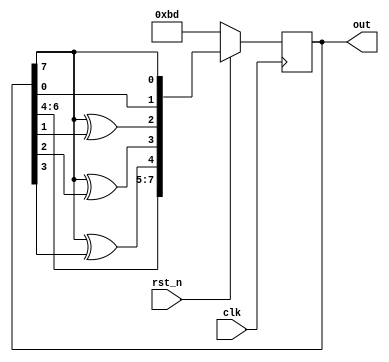
`timescale 1ns/1ps

module One_TO_Many_LFSR(clk, rst_n, out);
    input clk;
    input rst_n;
    output reg [8-1:0] out;
    wire [8-1:0] next_DFF;

    always @(posedge clk) begin
        if(!rst_n) begin
            out <= 8'b10111101;
        end
        else begin
            out <= next_DFF;
        end
    end

    assign next_DFF = {out[6:4], out[7] ^ out[3], out[7] ^ out[2], out[7] ^ out[1], out[0], out[7]};
endmodule